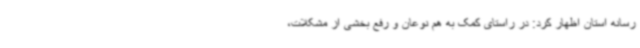
رسانه استان اظهار کرد: در راستای کمک به هم نوعان و رفع بخشی از مشکلات،